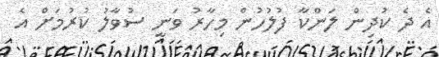
އެ ދެ ކުދިން ލަންކާ ފުލުހުން މިހާރު ވަނީ ސުވާލު ކުރުމަށް އެ